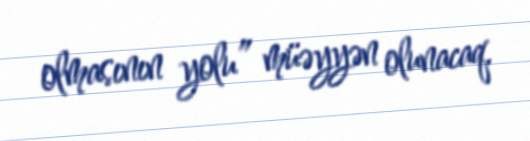
olmasının yolu” müəyyən olunacaq.